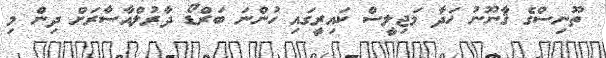
ތޫނިސްގެ ޤާނޫނު ހަދާ މަޖިލީސް ކައިރީގައި ހުންނަ ބަރްޑޯ ދާރުލްއާސާރަށް ދިން މި